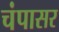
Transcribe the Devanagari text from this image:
चंपासर